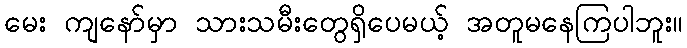
မေး ကျနော်မှာ သားသမီးတွေရှိပေမယ့် အတူမနေကြပါဘူး။